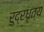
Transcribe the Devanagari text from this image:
रुद्रधृत्य